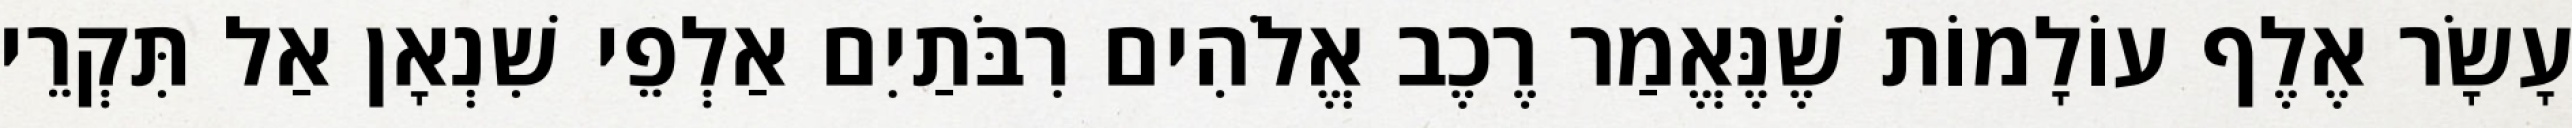
עָשָׂר אֶלֶף עוֹלָמוֹת שֶׁנֶּאֱמַר רֶכֶב אֱלֹהִים רִבֹּתַיִם אַלְפֵי שִׁנְאָן אַל תִּקְרֵי